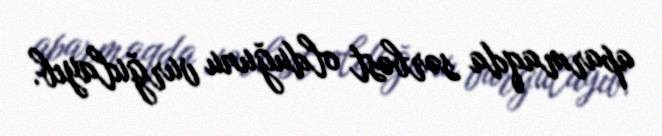
aparmaqda sərbəst olduğunu vurğulayıb.